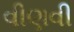
વીણવી